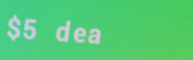
$5 deal